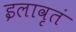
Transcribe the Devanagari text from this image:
इलावृतं